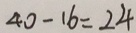
4 0 - 1 6 = 2 4